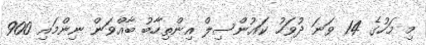
މި މަހުގެ 14 ވަނަ ދުވަހު ކައުންސިލް އިންތިހާބު ބާއްވަން ނިންމައި 900